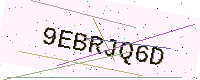
Text: 9EBRJQ6D